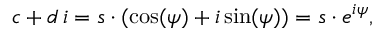
c + d \, i = s \cdot ( \cos ( \psi ) + i \sin ( \psi ) ) = s \cdot e ^ { i \psi } ,